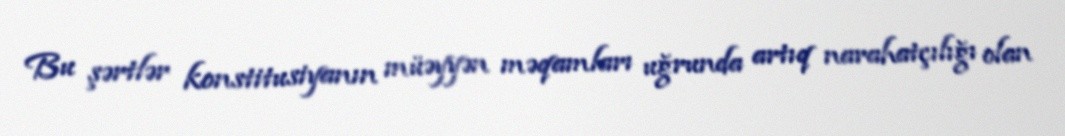
Bu şərtlər konstitusiyanın müəyyən məqamları uğrunda artıq narahatçılığı olan